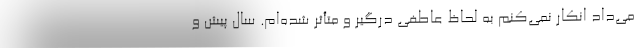
می‌داد انکار نمی‌کنم به لحاظ عاطفی درگیر و متأثر شده‌ام. سال پیش و